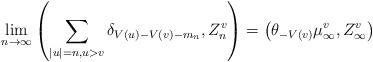
LaTeX: \begin{align*} \lim_{n \to \infty} \left(\sum_{|u|=n,u>v} \delta_{V(u)-V(v)-m_n}, Z^v_n \right) = \left(\theta_{-V(v)}\mu^v_\infty, Z^v_\infty\right) \end{align*}